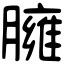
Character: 臃